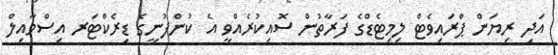
އަދި ރިޔަން ޕްރައިވެޓް ލިމިޓެޑްގެ ފަރާތުން ސޮއިކުރެއްވީ އެ ކުންފުނީގެ ޑިރެކްޓަރ އިސްމާއިލް